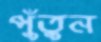
পুঁতুন